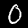
Digit: 0